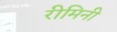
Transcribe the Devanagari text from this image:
रीमिनी